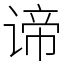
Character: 谛